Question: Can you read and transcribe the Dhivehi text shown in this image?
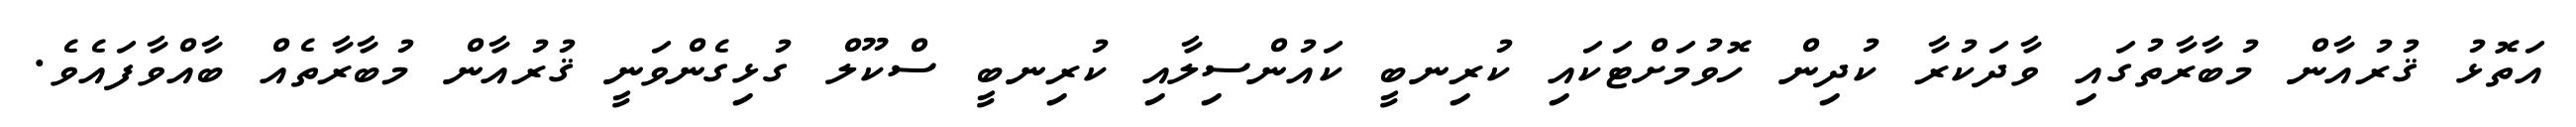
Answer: އަތޮޅު ޤުރުއާން މުބާރާތުގައި ވާދަކުރާ ކުދިން ހޮވުމަށްޓަކައި ކުރިނބީ ކައުންސިލާއި ކުރިނބީ ސްކޫލް ގުޅިގެންވަނީ ޤުރުއާން މުބާރާތެއް ބާއްވާފައެވެ.